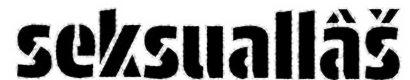
seksuallâš